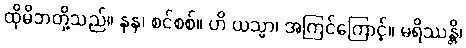
ထိုမိဘတို့သည်။ နုန၊ စင်စစ်။ ဟိ ယသ္မာ၊ အကြင်ကြောင့်။ မရိဿန္တိ၊